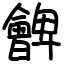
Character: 朇